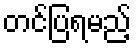
တင်ပြရမည့်